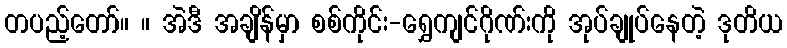
တပည့်တော်။ ။ အဲဒီ အချိန်မှာ စစ်ကိုင်း-ရွှေကျင်ဂိုဏ်းကို အုပ်ချုပ်နေတဲ့ ဒုတိယ